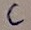
Text: C